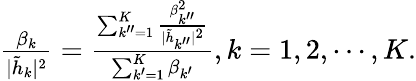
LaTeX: \begin{array}{r}{\frac{\beta_{k}}{|\tilde{h}_{k}|^{2}}=\frac{\sum_{k^{\prime\prime}=1}^{K}\frac{\beta_{k^{\prime\prime}}^{2}}{|\tilde{h}_{k^{\prime\prime}}|^{2}}}{\sum_{k^{\prime}=1}^{K}\beta_{k^{\prime}}},k={1,2,\cdots,K}.}\end{array}